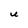
Character: U